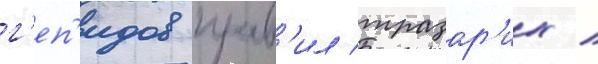
г'еп'идов прав'ил тразар'их /